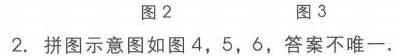
图2  图3
2. 拼图示意图如图4，5，6，答案不唯一.